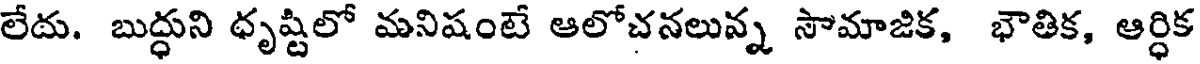
లేదు. బుద్ధుని ధృష్టిలో మనిషంటే ఆలోచనలున్న సౌమాజిక, భౌతిక, ఆర్ధిక